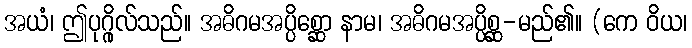
အယံ၊ ဤပုဂ္ဂိုလ်သည်။ အဓိဂမအပ္ပိစ္ဆော နာမ၊ အဓိဂမအပ္ပိစ္ဆ-မည်၏။ (ကေ ဝိယ၊